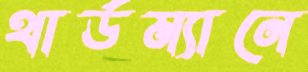
থার্ডম্যানে